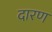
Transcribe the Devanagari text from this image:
दारण